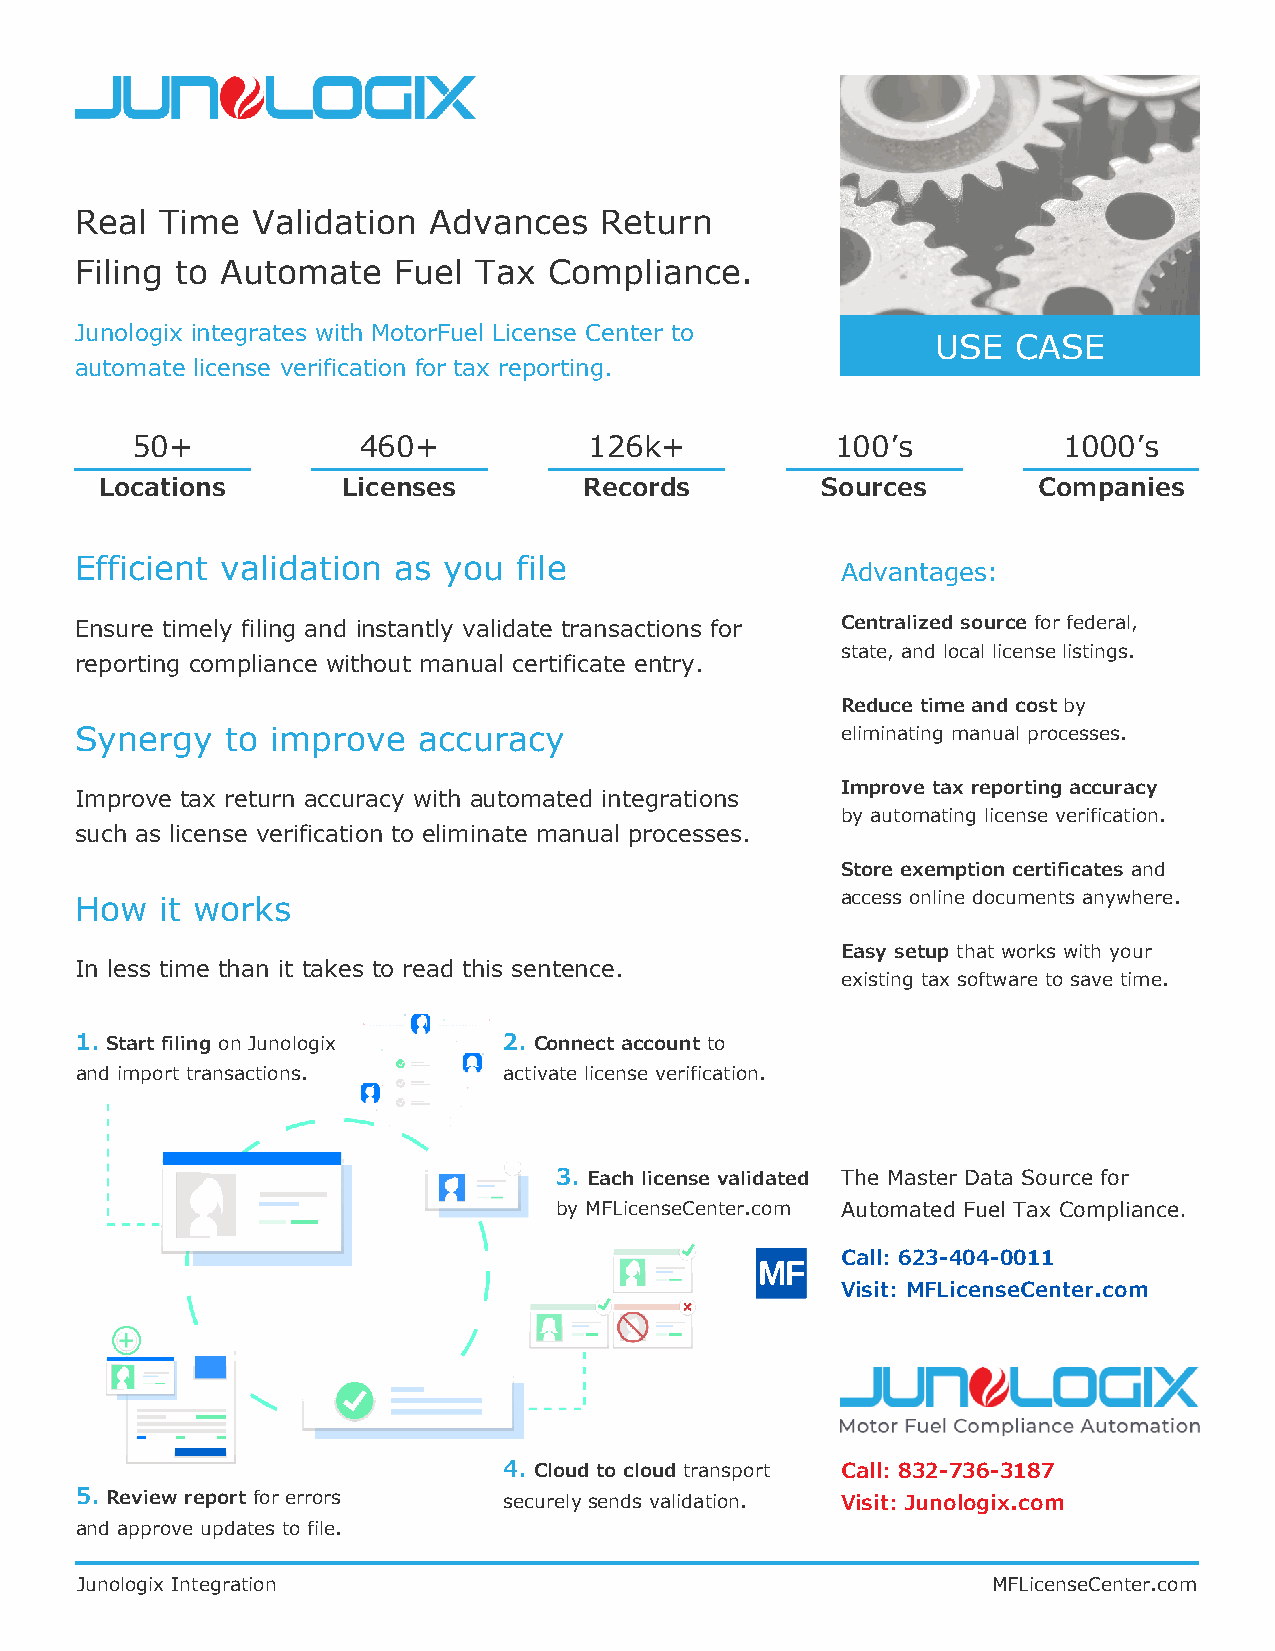
Real  Time  Validation Advances    Return
 Filing to Automate   Fuel Tax  Compliance.
 Junologix integrates with MotorFuel License Center to
 USE  CASE
 automate license verification for tax reporting.
 50+            460+           126k+           100’s          1000’s
 Locations       Licenses        Records        Sources        Companies
 Efficient validation as you  file
 Advantages:
 Ensure timely filing and instantly validate transactions for Centralized source for federal,
 state, and local license listings.
 reporting compliance without manual certificate entry.
 Reduce time and cost by
 Synergy   to improve   accuracy                    eliminating manual processes.
 Improve tax reporting accuracy
 Improve tax return accuracy with automated integrations
 by automating license verification.
 such as license verification to eliminate manual processes.
 Store exemption certificates and
 How   it works                                     access online documents anywhere.
 Easy setup that works with your
 In less time than it takes to read this sentence.
 existing tax software to save time.
 1. Start filing on Junologix 2. Connect account to
 and import transactions.    activate license verification.
 3. Each license validated The Master Data Source for
 by MFLicenseCenter.com Automated Fuel Tax Compliance.
 Call: 623-404-0011
 Visit: MFLicenseCenter.com
 4. Cloud to cloud transport Call: 832-736-3187
 5. Review report for errors securely sends validation. Visit: Junologix.com
 and approve updates to file.
 Junologix Integration                                        MFLicenseCenter.com